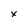
Character: x